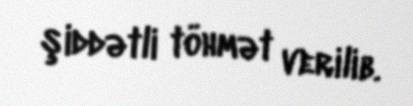
şiddətli töhmət verilib.